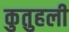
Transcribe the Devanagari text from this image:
कुतुहली